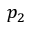
p _ { 2 }